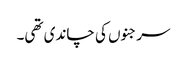
سرجنوں کی چاندی تھی۔